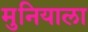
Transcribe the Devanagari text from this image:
मुनियाला